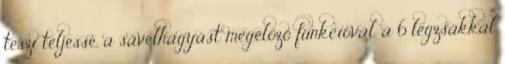
teszi teljessé, a sávelhagyást megelőző funkcióval, a 6 légzsákkal